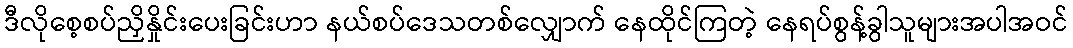
ဒီလိုစေ့စပ်ညှိနှိုင်းပေးခြင်းဟာ နယ်စပ်ဒေသတစ်လျှောက် နေထိုင်ကြတဲ့ နေရပ်စွန့်ခွါသူများအပါအဝင်